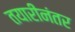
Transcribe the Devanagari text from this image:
तयारीनंतर